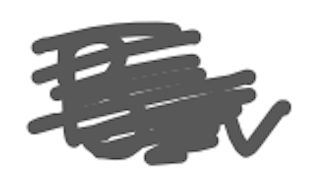
Text: Bev
Cross-out: scratch
Writing tool: digital_gray